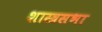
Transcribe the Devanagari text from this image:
शास्त्रसभा